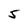
Character: 5